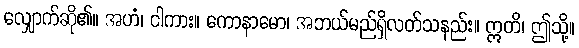
လျှောက်ဆို၏။ အဟံ၊ ငါကား။ ကောနာမော၊ အဘယ်မည်ရှိလတ်သနည်း။ ဣတိ၊ ဤသို့။